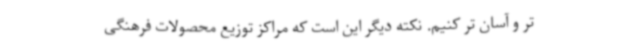
تر و آسان تر کنیم. نکته دیگر این است که مراکز توزیع محصولات فرهنگی